Vaccination in Bombay 1874-1876 - 1874-1876
Year: 1874
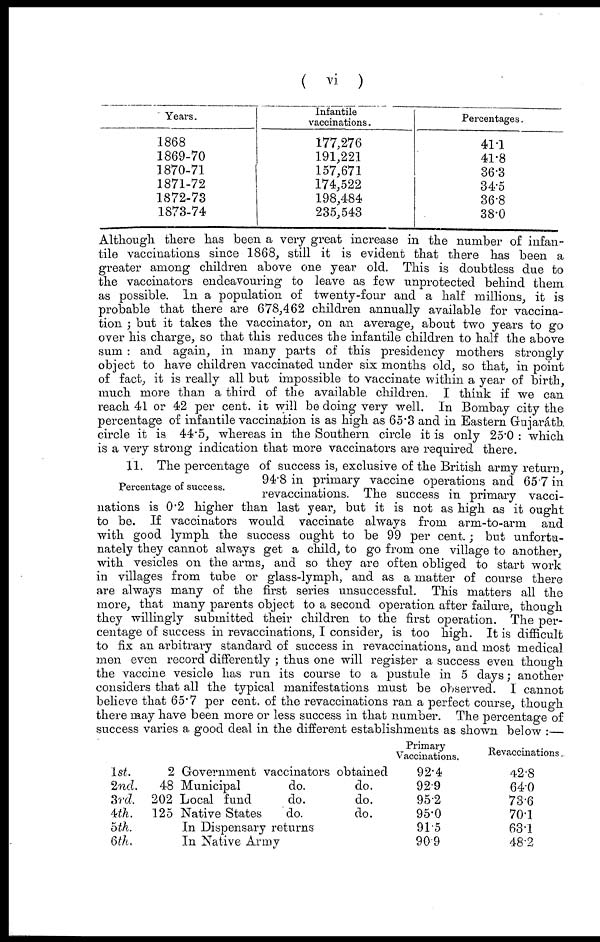
( vi )
Years.
1868
1869-70
1870-71
1871-72
1872-73
1873-74
Infantile
vaccinations.
177,276
191,221
157,671
174,522
198,484
235,543
Percentages.
41.1
41.8
36.3
34.5
36.8
38.0
Although there has been a very great increase in the number of infan-
tile vaccinations since 1868, still it is evident that there has been a
greater among children above one year old. This is doubtless due to
the vaccinators endeavouring to leave as few unprotected behind them
as possible. In a population of twenty-four and a half millions, it is
probable that there are 678,462 children annually available for vaccina-
tion ; but it takes the vaccinator, on an average, about two years to go
over his charge, so that this reduces the infantile children to half the above
sum : and again, in many parts of this presidency mothers strongly
object to have children vaccinated under six months old, so that, in point
of fact, it is really all but impossible to vaccinate within a year of birth,
much more than a third of the available children. I think if we can
reach 41 or 42 per cent. it will be doing very well. In Bombay city the
percentage of infantile vaccination is as high as 65.3 and in Eastern Gujaráth
circle it is 44.5, whereas in the Southern circle it is only 25.0 : which
is a very strong indication that more vaccinators are required there.
Percentage of success.
11. The percentage of success is, exclusive of the British army return,
94.8 in primary vaccine operations and 65.7 in
revaccinations. The success in primary vacci-
nations is 0.2 higher than last year, but it is not as high as it ought
to be. If vaccinators would vaccinate always from arm-to-arm and
with good lymph the success ought to be 99 per cent.; but unfortu-
nately they cannot always get a child, to go from one village to another,
with vesicles on the arms, and so they are often obliged to start work
in villages from tube or glass-lymph, and as a matter of course there
are always many of the first series unsuccessful. This matters all the
more, that many parents object to a second operation after failure, though
they willingly submitted their children to the first operation. The per-
centage of success in revaccinations, I consider, is too high. It is difficult
to fix an arbitrary standard of success in revaccinations, and most medical
men even record differently ; thus one will register a success even though
the vaccine vesicle has run its course to a pustule in 5 days; another
considers that all the typical manifestations must be observed. I cannot
believe that 65.7 per cent. of the revaccinations ran a perfect course, though
there may have been more or less success in that number. The percentage of
success varies a good deal in the different establishments as shown below :—
1st.
2nd.
3rd.
4th.
5th.
6th.
2 Government vaccinators obtained
48 Municipal
do.
do.
202 Local fund
do.
do.
125 Native States
do.
do.
In Dispensary returns
In Native Army
Primary
Vaccinations.
92.4
92.9
95.2
95.0
91.5
90.9
Revaccinations
42.8
64.0
73.6
70.1
63.1
48.2